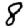
Digit: 8